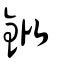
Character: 鈚